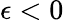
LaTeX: \epsilon<0